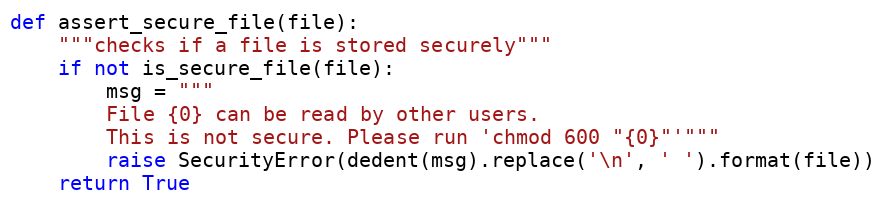
Language: Python
def assert_secure_file(file):
    """checks if a file is stored securely"""
    if not is_secure_file(file):
        msg = """
        File {0} can be read by other users.
        This is not secure. Please run 'chmod 600 "{0}"'"""
        raise SecurityError(dedent(msg).replace('\n', ' ').format(file))
    return True